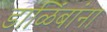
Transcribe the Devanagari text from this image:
डाळिंबांना